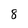
Character: 8